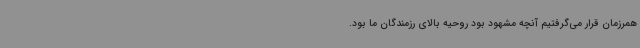
همرزمان قرار می‌گرفتیم آنچه مشهود بود روحیه بالای رزمندگان ما بود.